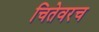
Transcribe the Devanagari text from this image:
चितेवरच